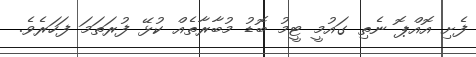
ފެށި އޮއްޕޮ ނެތި ގައުމީ ޓީމު ބޮޑު މުބާރާތެއް ކުޅޭ ފުރަތަމަ ފަހަރެވެ.